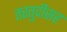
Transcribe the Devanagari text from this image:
तरतुदीसह